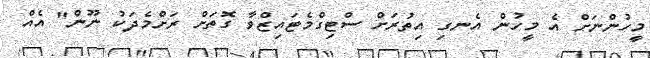
މީހުންނަށް އެ މީހުން އެނގި އިތުރަށް ސްޓިގްމެޓައިޒްވާ ގޮތަށް ރަށްމެދަކު ނޫން" އެއް